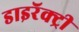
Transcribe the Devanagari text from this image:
डाइरॅक्ट्री